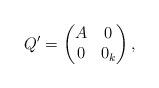
LaTeX: \begin{align*}Q' = \begin{pmatrix}A & 0 \\0 & 0_k\end{pmatrix},\end{align*}